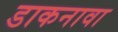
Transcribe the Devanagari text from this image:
डाकनावा